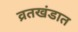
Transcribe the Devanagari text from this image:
व्रतखंडात